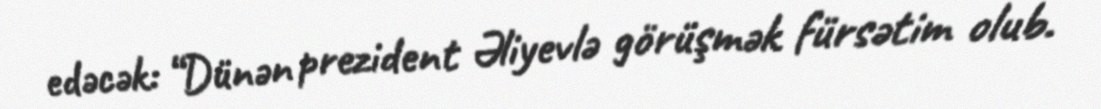
edəcək: “Dünən prezident Əliyevlə görüşmək fürsətim olub.